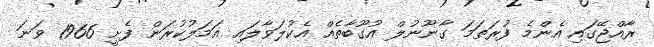
ރާއްޖޭގައި އެންމެ ފުރަތަމަ ގާނޫނުލް އުގޫބާތެއް އެކުލަވާލައި އަމަލުކުރަން ފެށީ 1966 ވަނަ